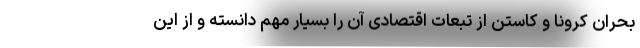
بحران کرونا و کاستن از تبعات اقتصادی آن را بسیار مهم دانسته و از این